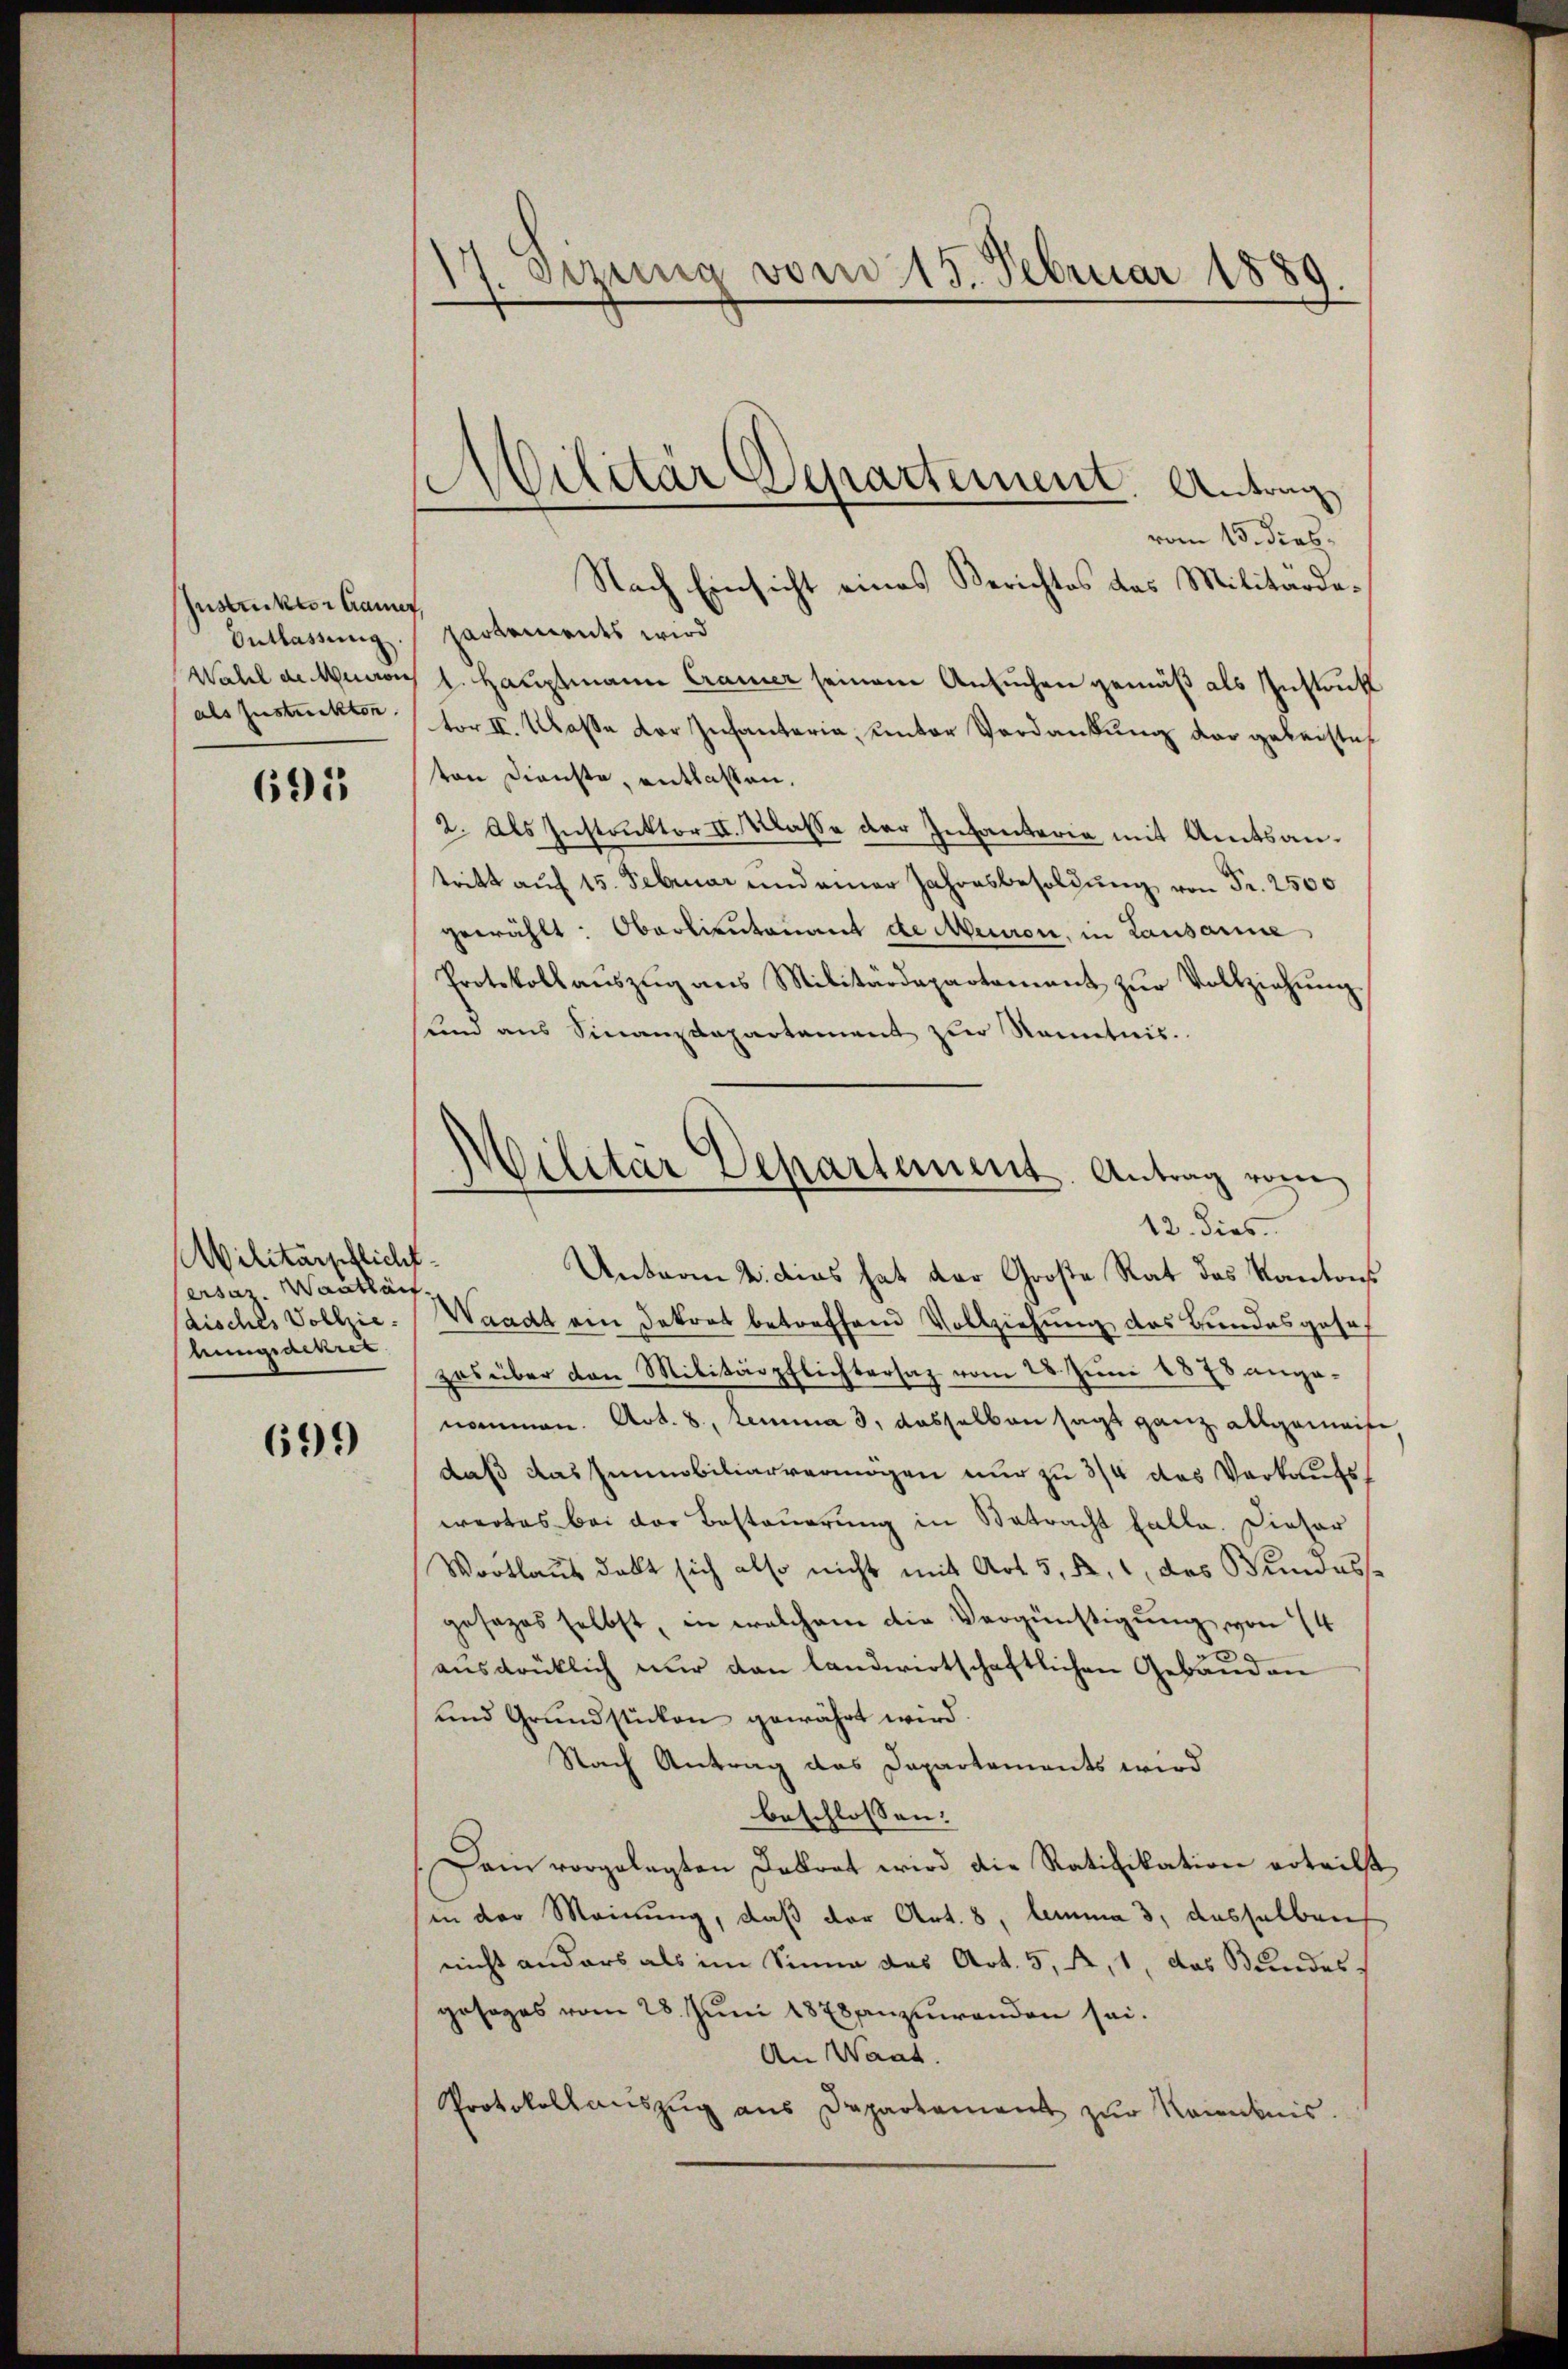
Instruktor trauer,
Entlassung
Wahl de Musions
als Instreckten.

695

Militärschlicht
ersaz. Warthan.
disches Vollziehungsdekret

699

17. zuna vom 15. Februar 1880
.

Militär Departement. Antrag

vom 15. dies
Nach Einsicht eines Berichtes das Militärdepartements wird
1. Hauptmann Cramer seinem Ansuchen gemäß als Instruk
tor II. Klasse der Infanteria, unter Verdankung der geleiste
ton Dienste, entlassen,
2. Als Instruktor II. Klasse der Infanteria mit Amtsantritt auf 15. Februar und einer Jahresbesoldŭng von Fr. 2500
gewählt: Oberlieutenant de Meuron, in Lausanne
Protokollaŭszŭg ans Militärdepartament zŭr Vollziehŭng
sund aus Finanzdepartement zŭr Kenntnis.
Unterm 2. dies hat der Große Rat das Kantons
Waadt am Dekret betreffend Vollziehung des Bundesgeseh
zes über den Militärpflichtersaz vom 28. Juni 1878 angenommen. Art. 8, Lemma 3, dasselben sagt ganz allgemeist
daß das Immobiliarvermögen nur zu 3/4 das Verkaufswertes bei der Besteuerung in Betracht falle. Dieser
Wortlaus debt sich also nicht mit Art. 5, R. 1, das Bundes
gesezes selbst, in welchem die Vergünstigung von 14
.
ausdrüklich nur den landwirtschaftlichen Gebäuden
und Grundstücken gewährt wird.
Nach Antrag das Dapartements wird
beschlossen:
Dein vorgelegten Dekret wird die Ratifikation erteilt
sin der Meinung, daß der Art. 8, lemma 3, dasselben
nicht anders als im Sinne das Art. 5, A, 1, das Bundes-
gesages vom 28. Juni 1878 anzuwenden sei.
An Want.
Protokollaŭszŭg ans Departament zŭr Kenntnis.

Militär Departement. Antrag vom
12. dies